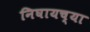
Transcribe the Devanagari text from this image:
निघायच्या